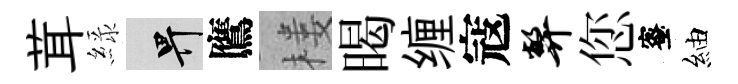
茸緑畀鷹楼暍缠寇弊您蜜紬